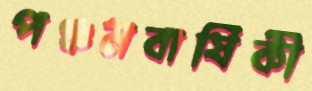
পঞ্চমবার্ষিকী